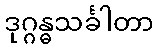
ဒုဂ္ဂန္ဓသင်္ခါတာ